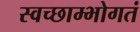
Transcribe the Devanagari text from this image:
स्वच्छाम्भोगतं